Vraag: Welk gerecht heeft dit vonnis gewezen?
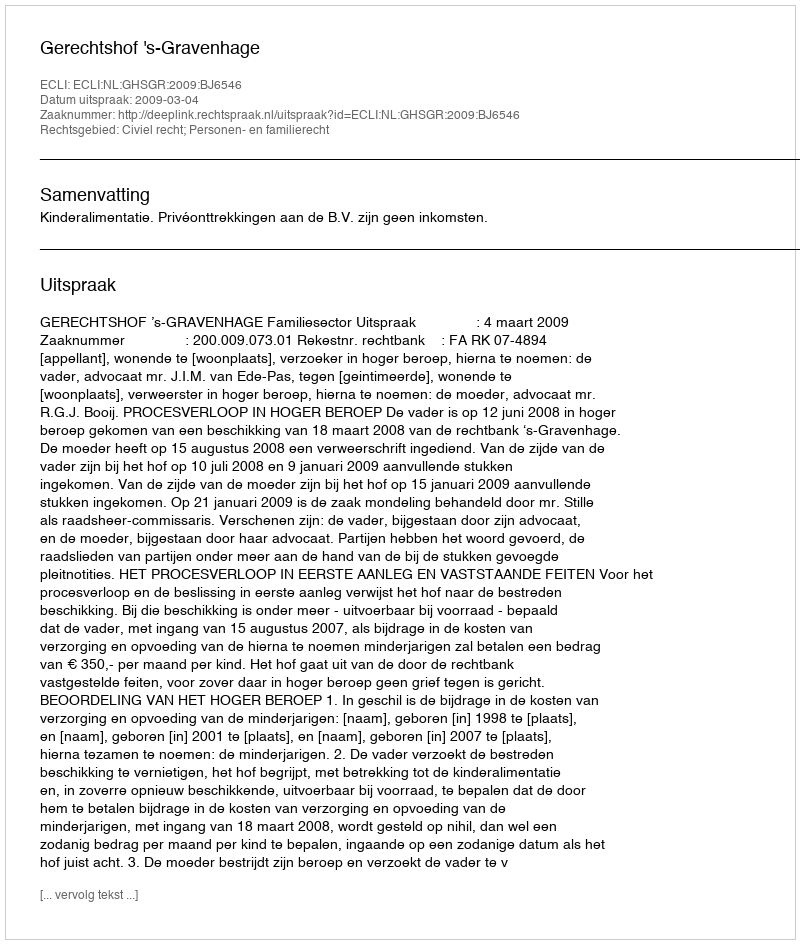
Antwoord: Gerechtshof 's-Gravenhage